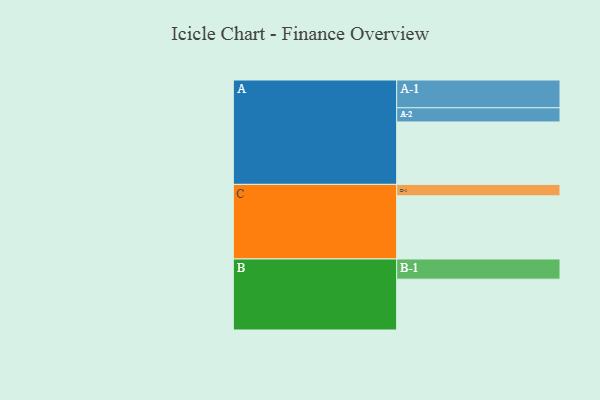
{"axis": {"x": "Segment", "y": "Value"}, "legend": ["", "A", "B", "C"], "data": [{"x": "A", "y": 436, "type": ""}, {"x": "B", "y": 355, "type": ""}, {"x": "C", "y": 441, "type": ""}, {"x": "A-1", "y": 194, "type": "A"}, {"x": "A-2", "y": 99, "type": "A"}, {"x": "B-1", "y": 141, "type": "B"}, {"x": "C-1", "y": 80, "type": "C"}]}